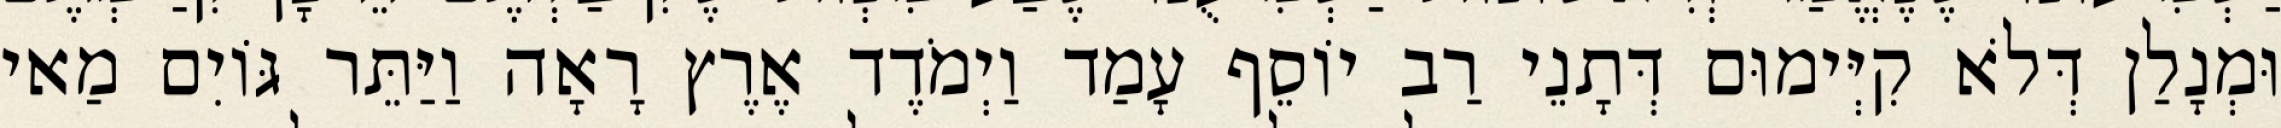
וּמְנָלַן דְּלֹא קִיְּימוּם דְּתָנֵי רַב יוֹסֵף עָמַד וַיְמֹדֶד אֶרֶץ רָאָה וַיַּתֵּר גּוֹיִם מַאי